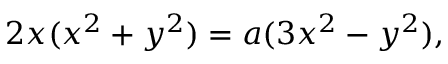
2 x ( x ^ { 2 } + y ^ { 2 } ) = a ( 3 x ^ { 2 } - y ^ { 2 } ) ,